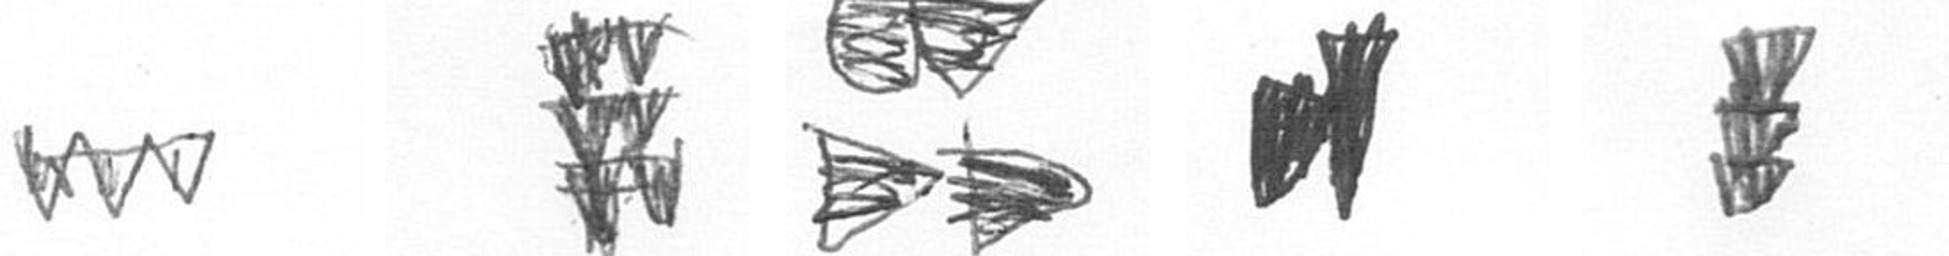
L Y B M E